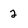
Character: 2